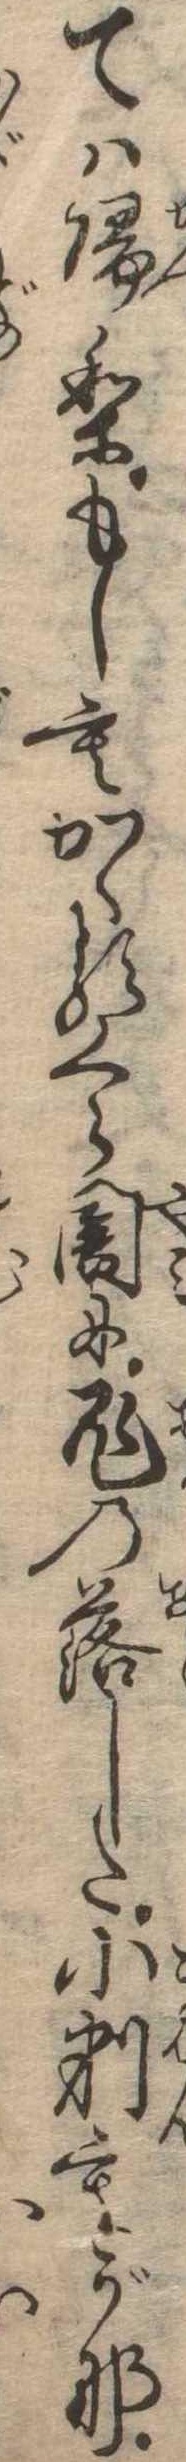
ては帰りもしもかゝるくら闇に鬼の落した小判もがな